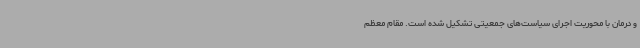
و درمان با محوریت اجرای سیاست‌های جمعیتی تشکیل شده است. مقام معظم